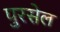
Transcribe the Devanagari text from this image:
पुरसेल